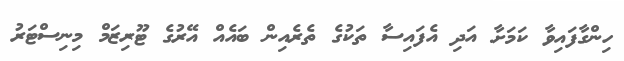
ހިންގާފައިވާ ކަމަށާ އަދި އެފައިސާ ތަކުގެ ތެރެއިން ބައެއް އޭރުގެ ޓޫރިޒަމް މިނިސްޓަރު